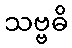
သဗ္ဗဓိ